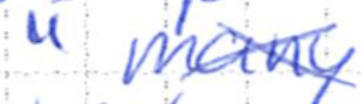
Text: "many
Cross-out: mix
Writing tool: ballpoint